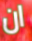
ان